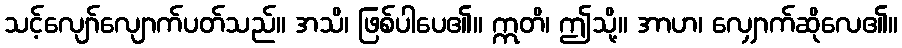
သင့်လျော်လျောက်ပတ်သည်။ အသိ၊ ဖြစ်ပါပေ၏။ ဣတိ၊ ဤသို့။ အာဟ၊ လျှောက်ဆိုလေ၏။